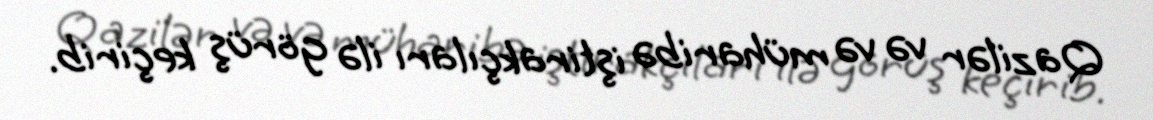
Qazilər və və müharibə iştirakçıları ilə görüş keçirib.